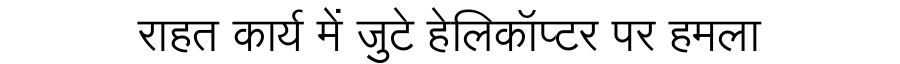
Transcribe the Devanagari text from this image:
राहत कार्य में जुटे हेलिकॉप्टर पर हमला